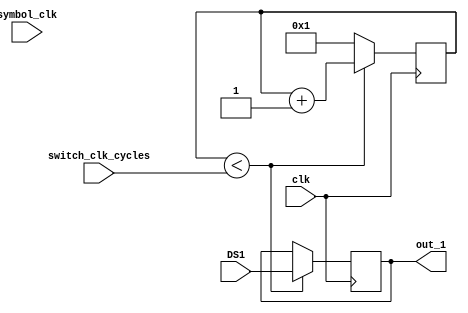
`timescale 1ns / 1ps
module mode1( input clk,
              input symbol_clk,
              input [31:0] switch_clk_cycles,
              input [15:0] DS1,
              output reg  [15:0] out_1
              );
 reg [15:0] count=1;
 always@(posedge clk) begin
 if (count <  switch_clk_cycles) begin
 out_1 <= DS1;
 count <= count+1;
 end
 else count <= 1;
 end            
endmodule